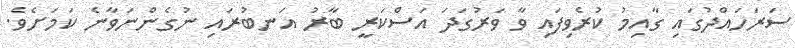
ސަރަހައްދުގައި ގާއިމު ކުރެވިފައި ވާ ވަރުގަދަ އަސްކަރީ ބާރު އަނބުރައި ނުގެންނަވާނެ ކަމަށެވެ.